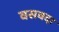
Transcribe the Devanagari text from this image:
वसवदा